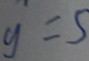
y = 5